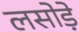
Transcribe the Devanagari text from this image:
लसोडे़